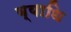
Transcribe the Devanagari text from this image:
ब्‍याधि